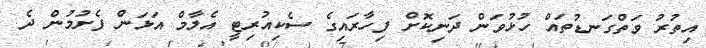
އިތުރު ވަތްގަނޑުތައް ހުޅުވަން ދަނިކޮށް ފިހާރައިގެ ސެކިއުރިޓީ އެލާމް އަޅަން ފެށުމުން ދެ